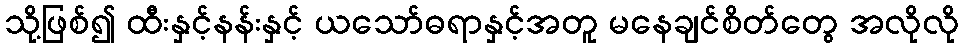
သို့ဖြစ်၍ ထီးနှင့်နန်းနှင့် ယသော်ဓရာနှင့်အတူ မနေချင်စိတ်တွေ အလိုလို